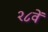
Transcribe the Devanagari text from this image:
२८वें